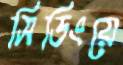
সিডিংয়ে